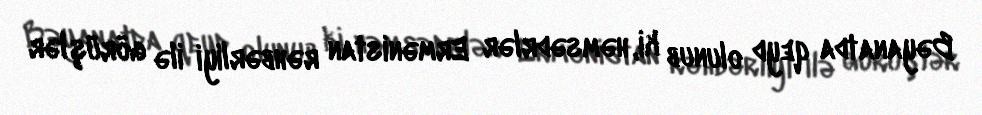
Bəyanatda qeyd olunub ki, həmsədrlər Ermənistan rəhbərliyi ilə görüşlər